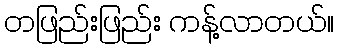
တဖြည်းဖြည်း ကန့်လာတယ်။